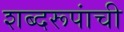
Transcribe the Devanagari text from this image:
शब्दरूपांची